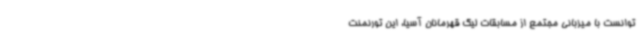
توانست با میزبانی مجتمع از مسابقات لیگ قهرمانان آسیا، این تورنمنت